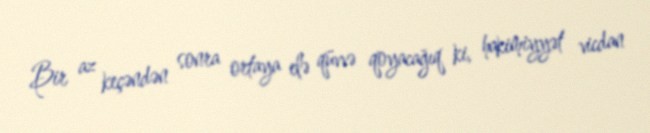
Bir az keçəndən sonra ortaya elə qüvvə qoyacağıq ki, hakimiyyət vicdan